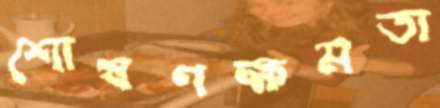
শোষণক্ষমতা